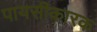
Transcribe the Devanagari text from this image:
पायसीकारक